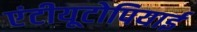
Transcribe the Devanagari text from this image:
एंटीयूटोपियाई